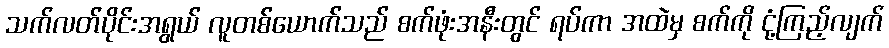
သက်လတ်ပိုင်းအရွယ် လူတစ်ယောက်သည် စက်ဖုံးအနီးတွင် ရပ်ကာ အထဲမှ စက်ကို ငုံ့ကြည့်လျက်